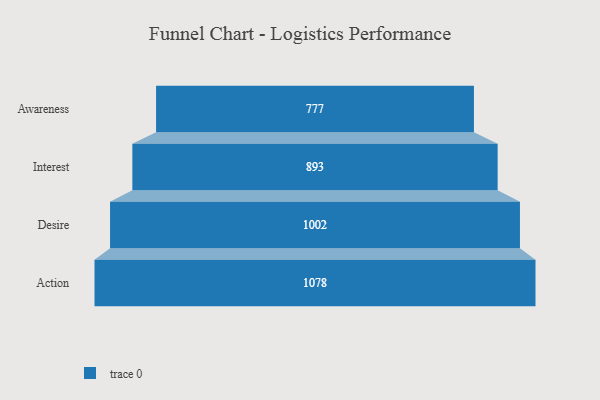
{"axis": {"x": "Stage", "y": "Value"}, "legend": [""], "data": [{"x": "Awareness", "y": 777.0, "type": ""}, {"x": "Interest", "y": 893.0, "type": ""}, {"x": "Desire", "y": 1002.0, "type": ""}, {"x": "Action", "y": 1078.0, "type": ""}]}